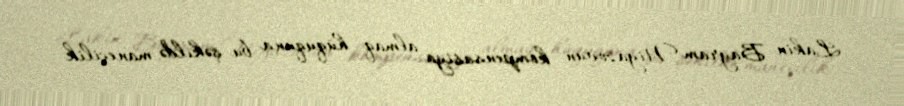
Lakin Bayram Niyazovun kompensasiya almaq hüququna bu şəkildə maneçilik